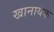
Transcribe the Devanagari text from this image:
खानायक